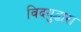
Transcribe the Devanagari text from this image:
विदयुद्धारा